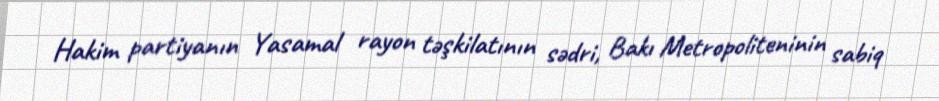
Hakim partiyanın Yasamal rayon təşkilatının sədri, Bakı Metropoliteninin sabiq